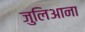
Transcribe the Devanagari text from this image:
जुलिआना